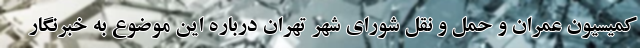
کمیسیون عمران و حمل و نقل شورای شهر تهران درباره این موضوع به خبرنگار